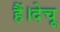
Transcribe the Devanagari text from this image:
हैं।देचू